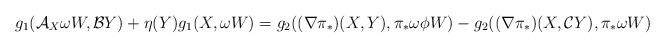
LaTeX: \begin{align*}g_{1}(\mathcal{A}_{X}\omega W,\mathcal{B}Y)+\eta(Y)g_{1}(X,\omega W)&=g_{2}((\nabla \pi_*)(X,Y),\pi_*\omega\phi W)-g_{2}((\nabla \pi_*)(X,\mathcal{C}Y),\pi_*\omega W)\end{align*}